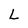
Character: L